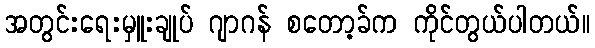
အတွင်းရေးမှူးချုပ် ဂျာဂန် စတော့ခ်က ကိုင်တွယ်ပါတယ်။